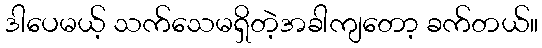
ဒါပေမယ့် သက်သေမရှိတဲ့အခါကျတော့ ခက်တယ်။